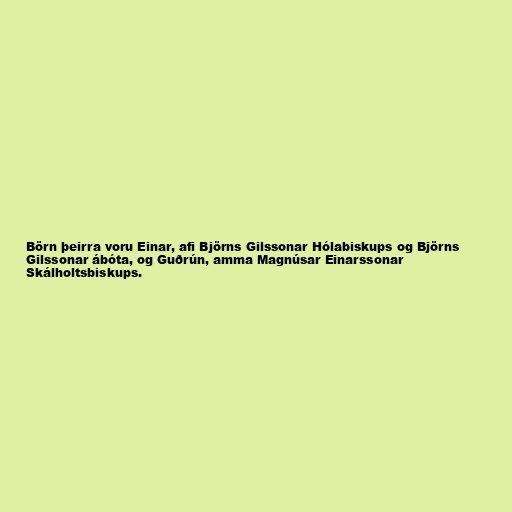
Börn þeirra voru Einar, afi Björns Gilssonar Hólabiskups og Björns
Gilssonar ábóta, og Guðrún, amma Magnúsar Einarssonar
Skálholtsbiskups.